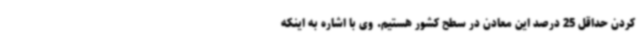
کردن حداقل 25 درصد این معادن در سطح کشور هستیم. وی با اشاره به اینکه